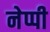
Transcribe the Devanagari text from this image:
नेप्पी